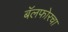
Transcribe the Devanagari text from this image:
बॅलफोरचा